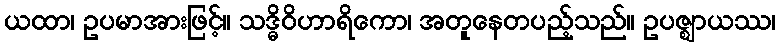
ယထာ၊ ဥပမာအားဖြင့်။ သဒ္ဓိဝိဟာရိကော၊ အတူနေတပည့်သည်။ ဥပဇ္ဈာယဿ၊